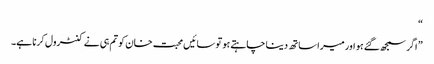
“
” اگر سمجھ گئے ہو اور میرا ساتھ دینا چاہتے ہو تو سائیں محبت خان کو تم ہی نے کنٹرول کرنا ہے۔